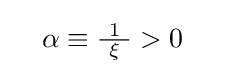
\quad \alpha \equiv {\tfrac {\ 1\ }{\xi }}>0\quad